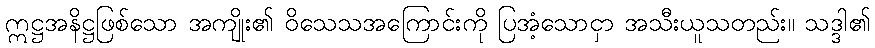
ဣဋ္ဌအနိဋ္ဌဖြစ်သော အကျိုး၏ ဝိသေသအကြောင်းကို ပြအံ့သောငှာ အသီးယူသတည်း။ သဒ္ဒါ၏